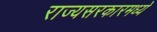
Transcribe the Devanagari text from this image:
राज्यसरकारमध्ये